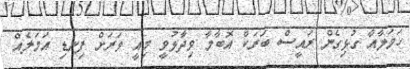
ހަމަލާއާ ގުޅިގެން ރައީސް ބަރަކް އޮބާމާ ވިދާޅުވީ މިއީ ވަރަށް ފިނޑި އަމަލެއް